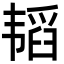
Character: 韬